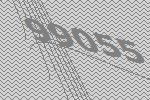
99055